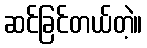
ဆင်ခြင်တယ်တဲ့။